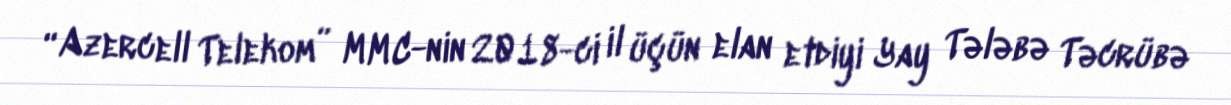
“Azercell Telekom” MMC-nin 2018-ci il üçün elan etdiyi Yay Tələbə Təcrübə